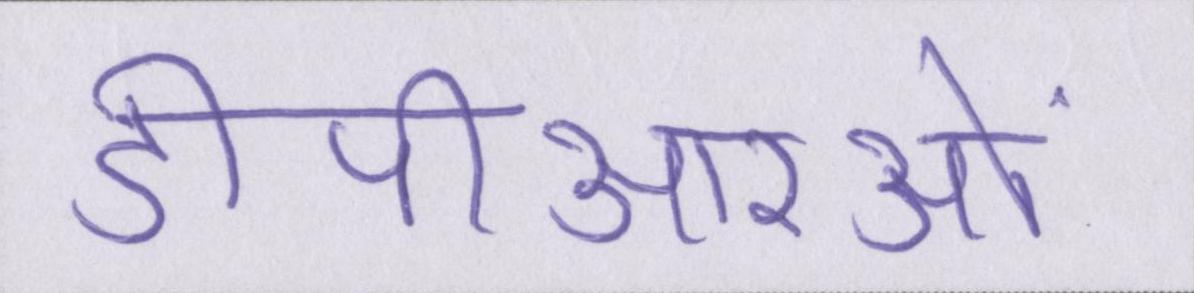
डीपीआरओं